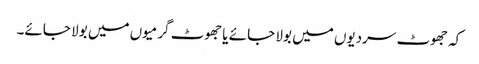
کہ جھوٹ سردیوں میں بولا جائے یا جھوٹ گرمیوں میں بولا جائے۔